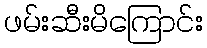
ဖမ်းဆီးမိကြောင်း